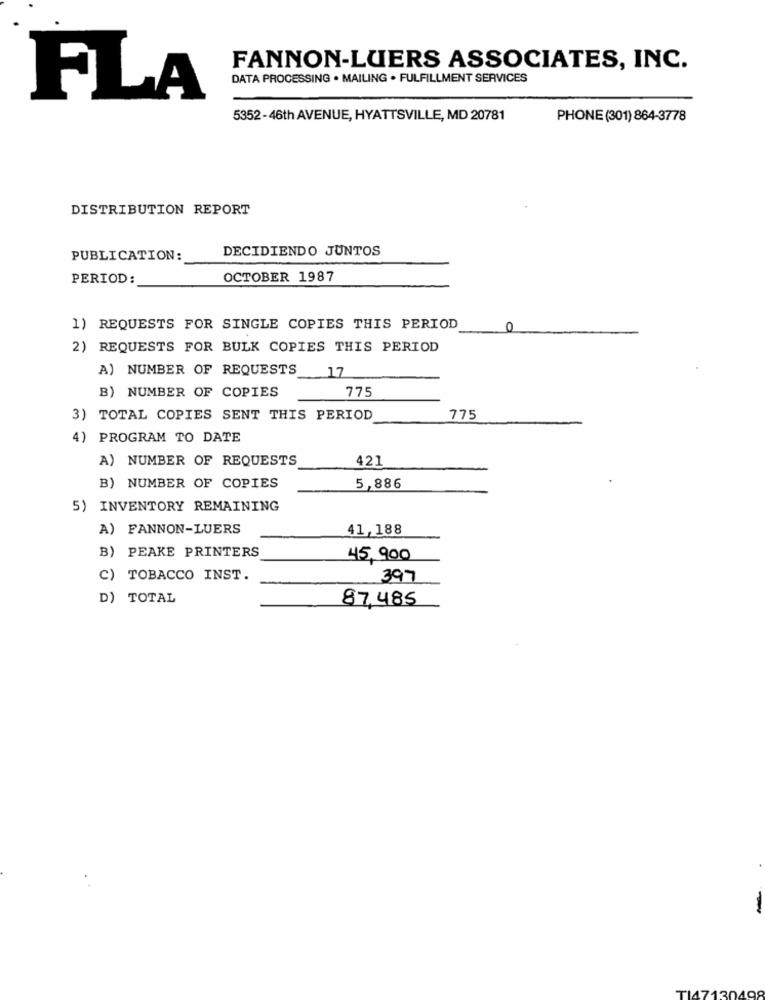
FANNON-LUERS ASSOCIATES, INC.
DATA PROCESSING . MAILING . FULFILLMENT SERVICES
FLA
5352-46th AVENUE, HYATTSVILLE, MD 20781
PHONE (301) 864-3778
DISTRIBUTION REPORT
DECIDIENDO JUNTOS
PUBLICATION:
PERIOD:
OCTOBER 1987
1) REQUESTS FOR SINGLE COPIES THIS PERIOD
0
2) REQUESTS FOR BULK COPIES THIS PERIOD
A) NUMBER OF REQUESTS
17
B) NUMBER OF COPIES
775
3) TOTAL COPIES SENT THIS PERIOD
775
4) PROGRAM TO DATE
A) NUMBER OF REQUESTS
42]
B) NUMBER OF COPIES
5,886
5) INVENTORY REMAINING
A) FANNON-LUERS
41,188
B) PEAKE PRINTERS
45,900
C) TOBACCO INST.
397
D) TOTAL
87,485
-
TI47130498